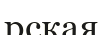
рская